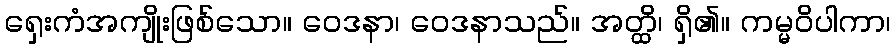
ရှေးကံအကျိုးဖြစ်သော။ ဝေဒနာ၊ ဝေဒနာသည်။ အတ္ထိ၊ ရှိ၏။ ကမ္မဝိပါကာ၊